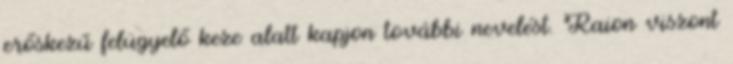
erőskezű felügyelő keze alatt kapjon további nevelést. Raion viszont